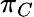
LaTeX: \pi_{C}